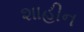
શાહીન